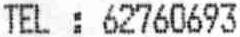
TEL : 62760693